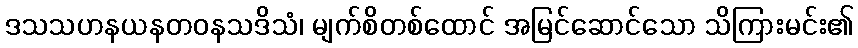
ဒသသဟနယနတဝနသဒိသံ၊ မျက်စိတစ်ထောင် အမြင်ဆောင်သော သိကြားမင်း၏